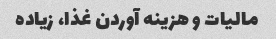
مالیات و هزینه آوردن غذا، زیاده